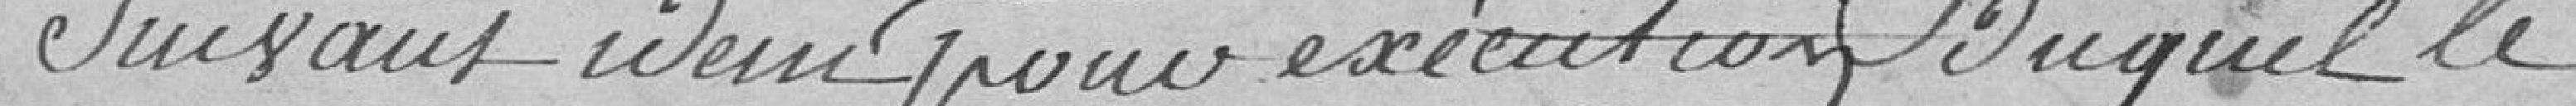
suivant idem pour exécution duquel le